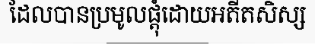
ដែលបានប្រមូលផ្តុំដោយអតីតសិស្ស